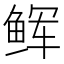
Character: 𩽼